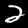
Digit: 2